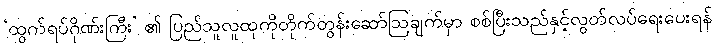
‘ထွက်ရပ်ဂိုဏ်းကြီး’ ၏ ပြည်သူလူထုကိုတိုက်တွန်းဆော်ဩချက်မှာ စစ်ပြီးသည်နှင့်လွတ်လပ်ရေးပေးရန်